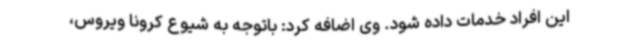
این افراد خدمات داده شود. وی اضافه کرد: باتوجه به شیوع کرونا ویروس،